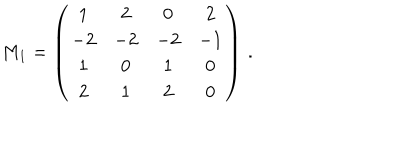
M _ { 1 } = \left( \begin{array} { c c c c } { { 1 } } & { { 2 } } & { { 0 } } & { { 2 } } \\ { { - 2 } } & { { - 2 } } & { { - 2 } } & { { - 1 } } \\ { { 1 } } & { { 0 } } & { { 1 } } & { { 0 } } \\ { { 2 } } & { { 1 } } & { { 2 } } & { { 0 } } \\ \end{array} \right) \, .